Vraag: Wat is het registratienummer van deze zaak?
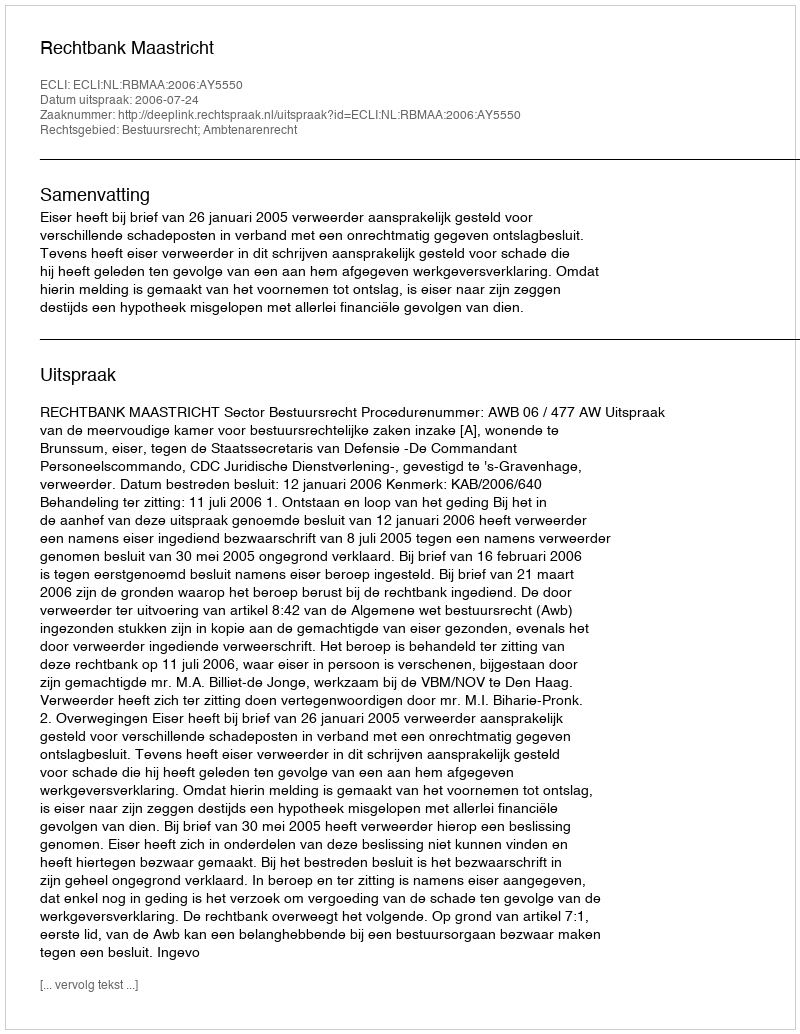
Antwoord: http://deeplink.rechtspraak.nl/uitspraak?id=ECLI:NL:RBMAA:2006:AY5550